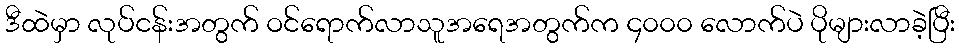
ဒီထဲမှာ လုပ်ငန်းအတွက် ဝင်ရောက်လာသူအရေအတွက်က ၄၀၀၀ လောက်ပဲ ပိုများလာခဲ့ပြီး